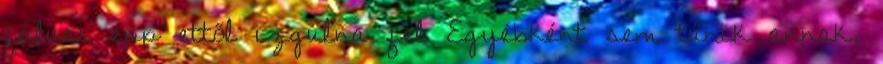
falusi épp ettől izgulna fel Egyébként sem tűnik annak,